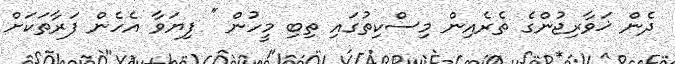
ދެން ޚަވާރިޖުންގެ ތެރެއިން މިސްކިތުގައި ތިބި މީހުން '' ފިޔަވާ އެހެން ފަރާތަކަށް